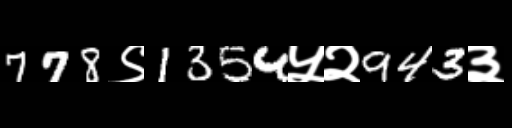
Text: 778९1354५२943३